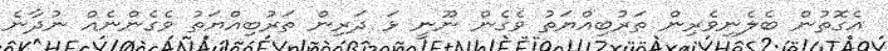
އެގޮތުން ބެލެނިވެރިން ތަރުބިއްޔަތު ވެގެން ނޫނީ ޅަ ދަރިން ތަރުބިއްޔަތު ވެގެންނެއް ނުދާނެ